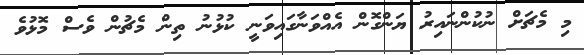
މި މެޗަށް ނުކުންނައިރު ޔަންގޮން އެއްވަނާގައިވަނީ ކުޅުނު ތިން މެޗުން ވެސް މޮޅުވެ